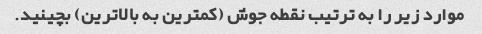
موارد زیر را به ترتیب نقطه جوش (کمترین به بالاترین) بچینید.